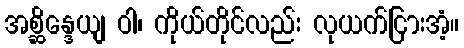
အစ္ဆိန္ဒေယျ ဝါ၊ ကိုယ်တိုင်လည်း လုယက်ငြားအံ့။